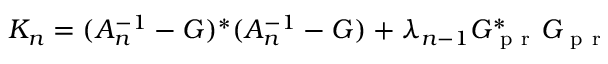
K _ { n } = ( A _ { n } ^ { - 1 } - G ) ^ { * } ( A _ { n } ^ { - 1 } - G ) + \lambda _ { n - 1 } G _ { \mathrm { ~ p ~ r ~ } } ^ { * } G _ { \mathrm { ~ p ~ r ~ } }